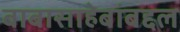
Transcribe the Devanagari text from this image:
बाबासाहेबांबद्दल